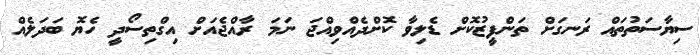
ސިޔާސަތުތައް ރަނގަށް ތަންފީޒުކޮށް ޑެލިވާ ކޮށްދެއްވިއްޖަ ނަމަ ރާއްޖެއަށް އިގްތިސޯދީ ހެޔޮ ބަދަލެއް